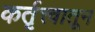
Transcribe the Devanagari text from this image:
कर्तृत्त्वातून